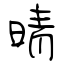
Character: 晴